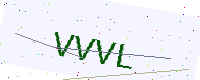
Text: VVVL